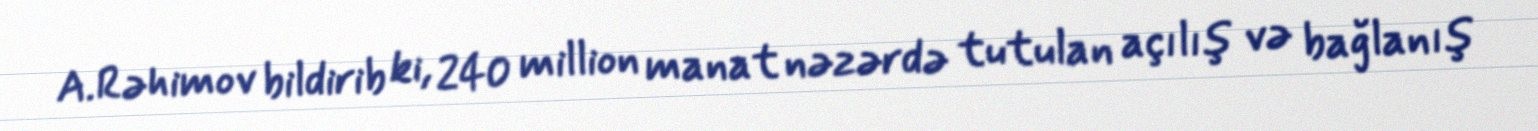
A.Rəhimov bildirib ki, 240 million manat nəzərdə tutulan açılış və bağlanış